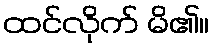
ထင်လိုက် မိ၏။